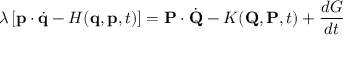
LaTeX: \lambda \left[ \mathbf { p } \cdot { \dot { \mathbf { q } } } - H ( \mathbf { q } , \mathbf { p } , t ) \right] = \mathbf { P } \cdot { \dot { \mathbf { Q } } } - K ( \mathbf { Q } , \mathbf { P } , t ) + { \frac { d G } { d t } }